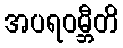
အပရဝမ္ဘီတိ